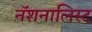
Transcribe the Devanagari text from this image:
नॅशनालिस्ट